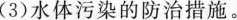
(3)水体污染的防治措施。